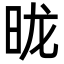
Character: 昽